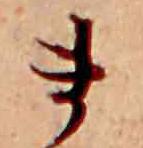
ま